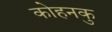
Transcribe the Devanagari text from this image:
कोहनकु